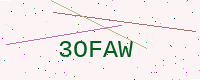
Text: 3OFAW